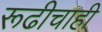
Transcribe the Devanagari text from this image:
रूढीचाही